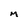
Character: m